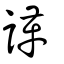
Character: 諽